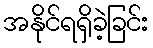
အနိုင်ရရှိခဲ့ခြင်း